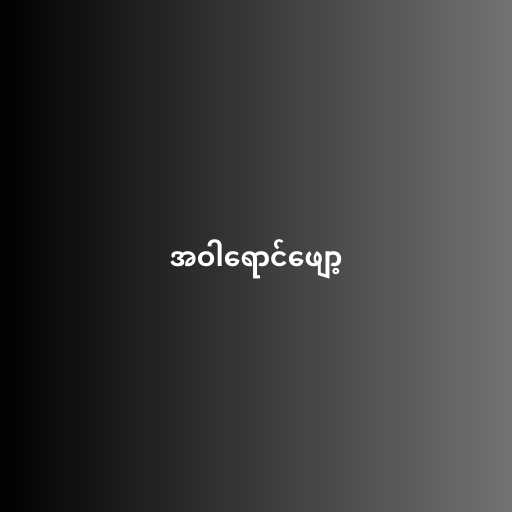
အဝါရောင်ဖျော့